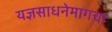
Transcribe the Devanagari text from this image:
यज्ञसाधनेमागचा